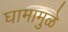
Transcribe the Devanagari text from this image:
घामामुळे